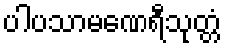
ပါပသာမဏေရီသုတ္တံ